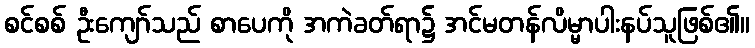
စင်စစ် ဦးကျော်သည် စာပေကို အကဲခတ်ရာ၌ အင်မတန်လိမ္မာပါးနပ်သူဖြစ်၏။